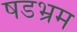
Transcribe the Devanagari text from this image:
षडभ्रम